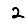
Digit: 2